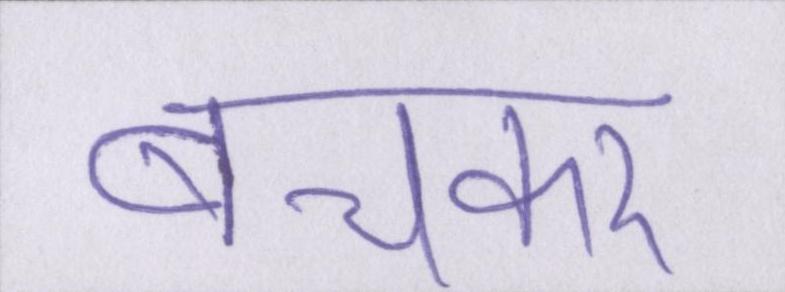
बचकर